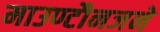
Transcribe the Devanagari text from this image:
माउण्टौनजने